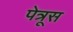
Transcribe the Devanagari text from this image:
पेत्रूस